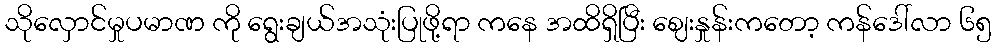
သိုလှောင်မှုပမာဏ ကို ရွေးချယ်အသုံးပြုဖို့ရာ ကနေ အထိရှိပြီး ဈေးနှုန်းကတော့ ကန်ဒေါ်လာ ၆၅